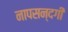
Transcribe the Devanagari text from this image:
नापसन्दगी